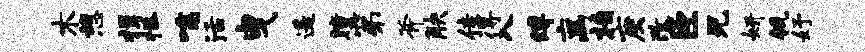
木憩揖拯嚅活曳遥瞳第斧觖佳得入缚离柏庚改臣兄妍瓴妤